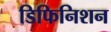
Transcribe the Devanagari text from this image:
डिफिनिशन